Indian journal of veterinary science and animal husbandry - Volumes 22-23, 1952-1953
Year: 1952
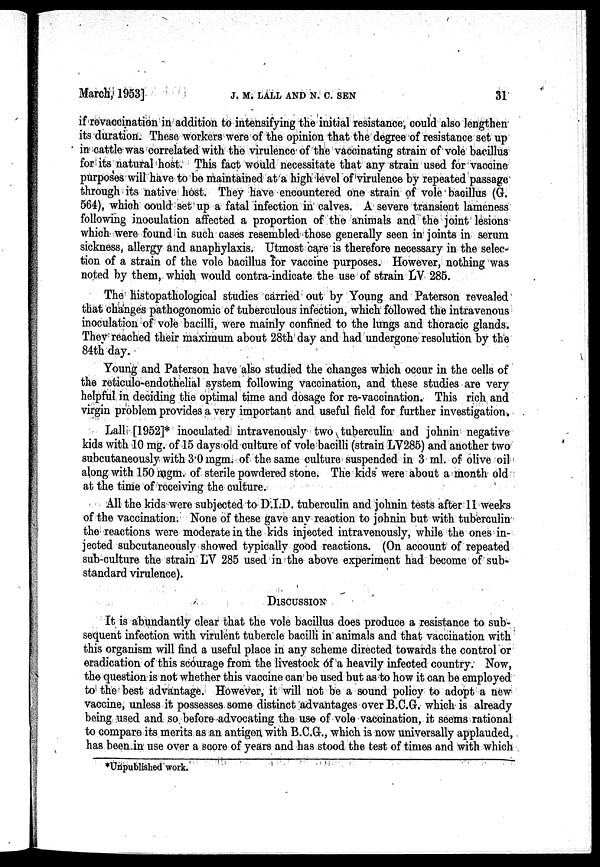
March, 1953]
J.
M. LALL AND N. C. SEN
31
if revaccination in addition to intensifying the initial resistance, could also lengthen
its duration. These workers were of the opinion that the degree of resistance set up
in cattle was correlated with the virulence of the vaccinating strain of vole bacillus
for its natural host. This fact would necessitate that any strain used for vaccine
purposes will have to be maintained at a high level of virulence by repeated passage
through its native host. They have encountered one strain of vole bacillus (G.
564), which could set up a fatal infection in calves. A severe transient lameness
following inoculation affected a proportion of the animals and the joint lesions
which were found in such cases resembled those generally seen in joints in serum
sickness, allergy and anaphylaxis. Utmost care is therefore necessary in the selec-
tion of a strain of the vole bacillus for vaccine purposes. However, nothing was
noted by them, which would contra-indicate the use of strain LV 285.
The histopathological studies carried out by Young and Paterson revealed
that changes pathogonomic of tuberculous infection, which followed the intravenous
inoculation of vole bacilli, were mainly confined to the lungs and thoracic glands.
They reached their maximum about 28th day and had undergone resolution by the
84th day.
Young and Paterson have also studied the changes which occur in the cells of
the reticulo-endothelial system following vaccination, and these studies are very
helpful in deciding the optimal time and dosage for re-vaccination. This rich and
virgin problem provides a very important and useful field for further investigation.
Lall [1952]* inoculated intravenously two tuberculin and johnin negative
kids with 10 mg. of 15 days old culture of vole bacilli (strain LV285) and another two
subcutaneously with 3.0 mgm. of the same culture suspended in 3 ml. of olive oil
along with 150 mgm. of sterile powdered stone. The kids were about a month old
at the time of receiving the culture.
All the kids were subjected to D.I.D. tuberculin and johnin tests after 11 weeks
of the vaccination. None of these gave any reaction to johnin but with tuberculin
the reactions were moderate in the kids injected intravenously, while the ones in-
jected subcutaneously showed typically good reactions. (On account of repeated
sub-culture the strain LV 285 used in the above experiment had become of sub-
standard virulence).
DISCUSSION
It is abundantly clear that the vole bacillus does produce a resistance to sub-
sequent infection with virulent tubercle bacilli in animals and that vaccination with
this organism will find a useful place in any scheme directed towards the control or
eradication of this scourage from the livestock of a heavily infected country. Now,
the question is not whether this vaccine can be used but as to how it can be employed
to the best advantage. However, it will not be a sound policy to adopt a new
vaccine, unless it possesses some distinct advantages over B.C.G. which is already
being used and so before advocating the use of vole vaccination, it seems rational
to compare its merits as an antigen with B.C.G., which is now universally applauded,
has been in use over a score of years and has stood the test of times and with which
*Unpublished work.